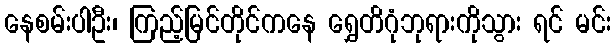
နေစမ်းပါဦး၊ ကြည့်မြင်တိုင်ကနေ ရွှေတိဂုံဘုရားကိုသွား ရင် မင်း